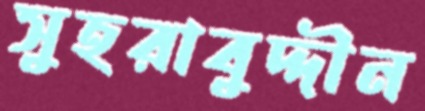
সুহরাবুদ্দীন